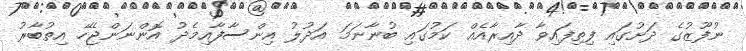
ނުފޫޒުގެ ދަށުގައި ފިތިފައިވާ ދާއިރާއެއް ކަމުގައި ބުނާނަމަ އަދުލު އިންސާފާއިމެދު އޮންނަންޖެހޭ އިތުބާރު